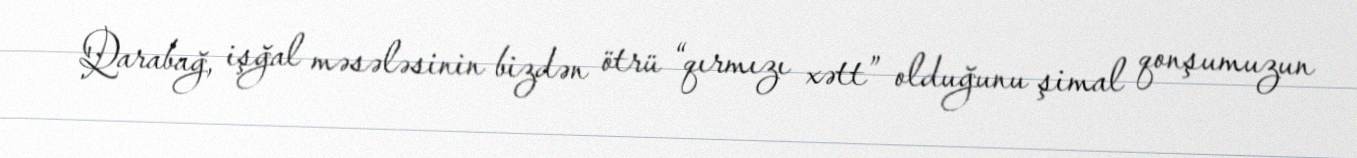
Qarabağ, işğal məsələsinin bizdən ötrü “qırmızı xətt” olduğunu şimal qonşumuzun